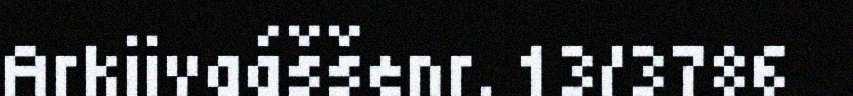
Arkiivaáššenr. 13/3786